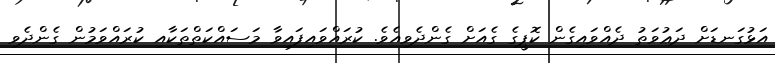
އަޅުގަނޑަށް ދަޢުވަތު ދެއްވައިގެން ކޮޕީގެ ގެއަށް ގެންދެވިއެވެ. ކުރައްވައިފައިވާ މަސައްކަތްތަކާއި ކުރައްވަމުން ގެންދެވި